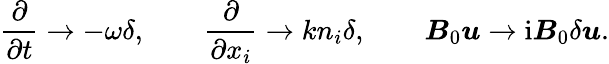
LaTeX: \frac{\partial}{\partial t}\rightarrow-\omega\delta,\qquad\frac{\partial}{\partial x_{i}}\rightarrow kn_{i}\delta,\qquad\boldsymbol{B}_{0}\boldsymbol{u}\rightarrow\mathrm{i}\boldsymbol{B}_{0}\delta\boldsymbol{u}.